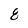
Character: 8